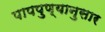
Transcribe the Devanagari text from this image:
पापपुण्यानुसार